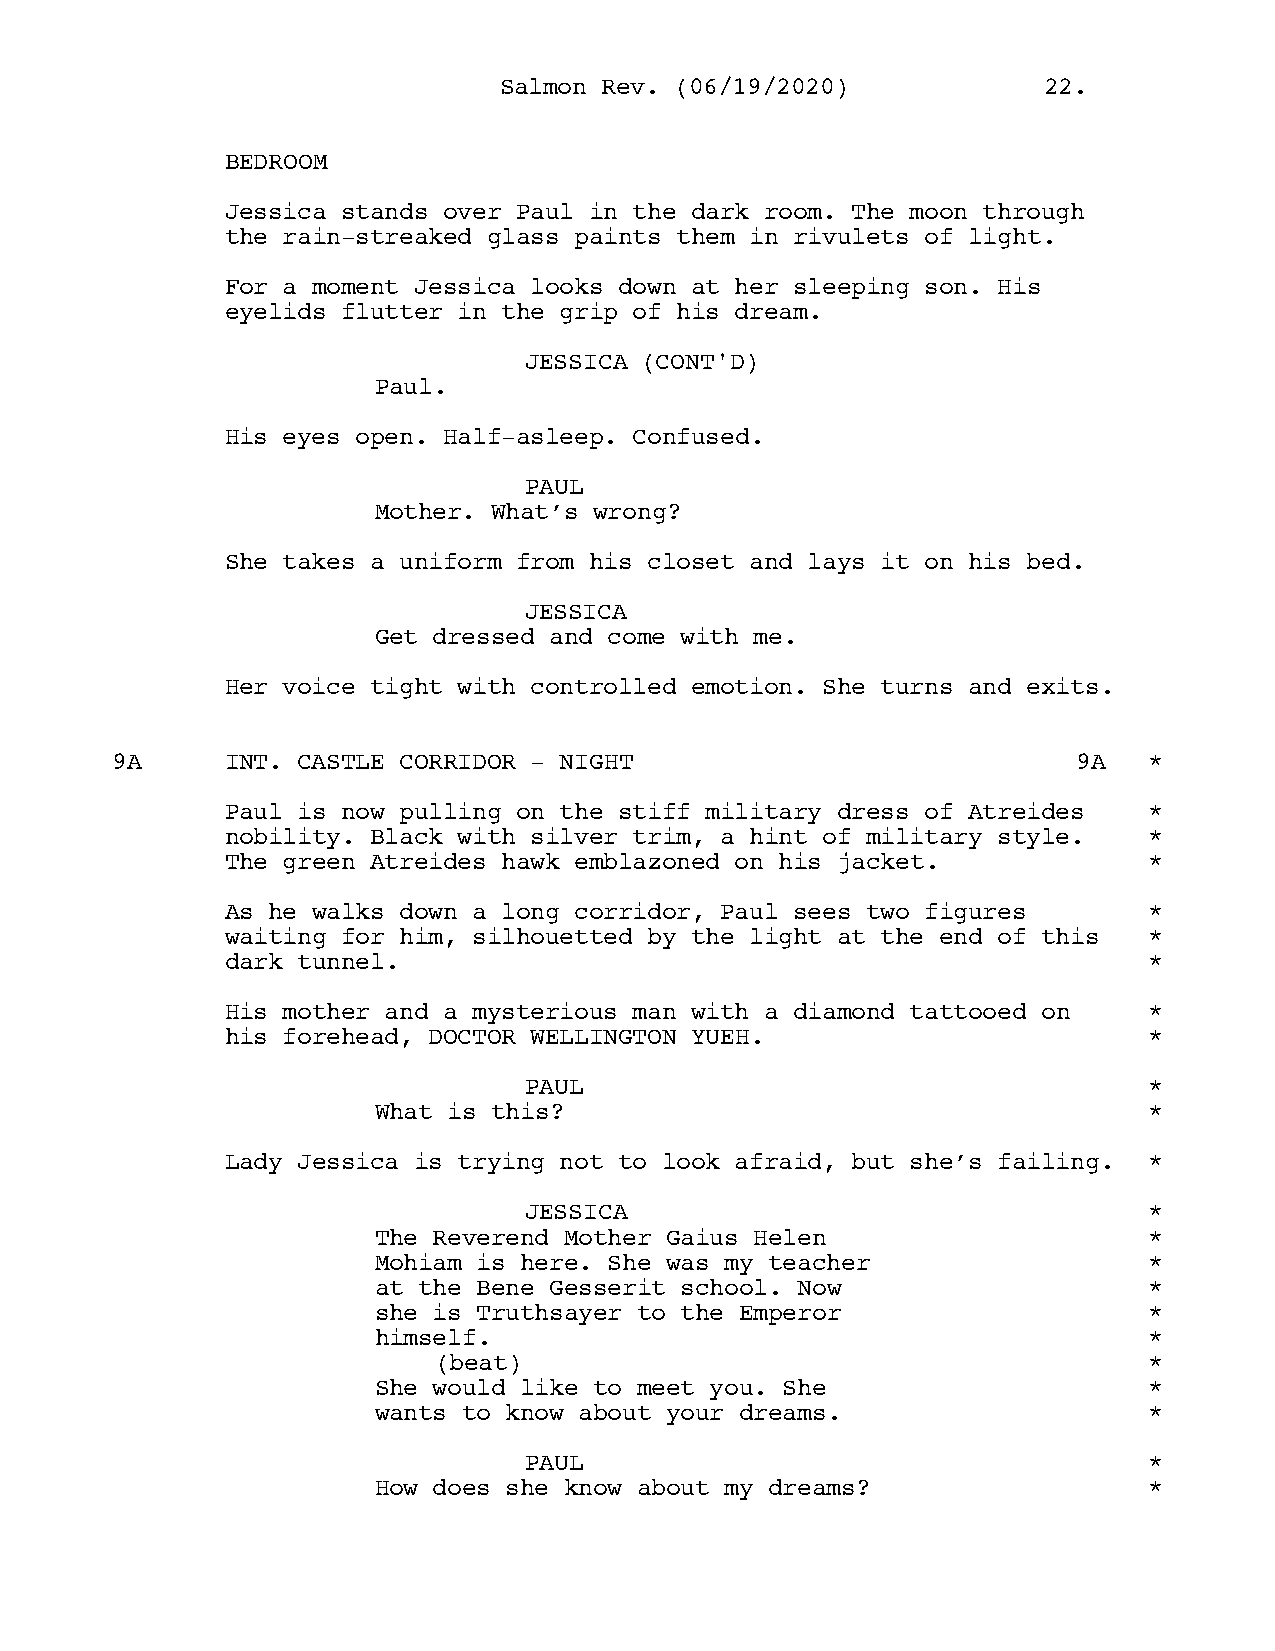
SSaallmmoonn RReevv.. ((0066//1199//22002200)) 2222..
 BEDROOM
 Jessica stands over Paul in the dark room. The moon through
 the rain-streaked glass paints them in rivulets of light.
 For a moment Jessica looks down at her sleeping son. His
 eyelids flutter in the grip of his dream.
 JESSICA (CONT'D)
 Paul.
 His eyes open. Half-asleep. Confused.
 PAUL
 Mother. What’s wrong?
 She takes a uniform from his closet and lays it on his bed.
 JESSICA
 Get dressed and come with me.
 Her voice tight with controlled emotion. She turns and exits.
 9A      INT. CASTLE CORRIDOR - NIGHT                            9A   *
 Paul is now pulling on the stiff military dress of Atreides  *
 nobility. Black with silver trim, a hint of military style.  *
 The green Atreides hawk emblazoned on his jacket.            *
 As he walks down a long corridor, Paul sees two figures      *
 waiting for him, silhouetted by the light at the end of this *
 dark tunnel.                                                 *
 His mother and a mysterious man with a diamond tattooed on   *
 his forehead, DOCTOR WELLINGTON YUEH.                        *
 PAUL                                     *
 What is this?                                      *
 Lady Jessica is trying not to look afraid, but she’s failing. *
 JESSICA                                  *
 The Reverend Mother Gaius Helen                    *
 Mohiam is here. She was my teacher                 *
 at the Bene Gesserit school. Now                   *
 she is Truthsayer to the Emperor                   *
 himself.                                           *
 (beat)                                         *
 She would like to meet you. She                    *
 wants to know about your dreams.                   *
 PAUL                                     *
 How does she know about my dreams?                 *